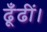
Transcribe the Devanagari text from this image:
ढूँढीं।